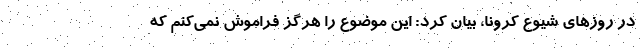
در روزهای شیوع کرونا، بیان کرد: این موضوع را هرگز فراموش نمی‌کنم که